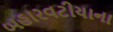
બહારવટીયાના